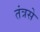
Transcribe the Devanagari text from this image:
तंत्रसे